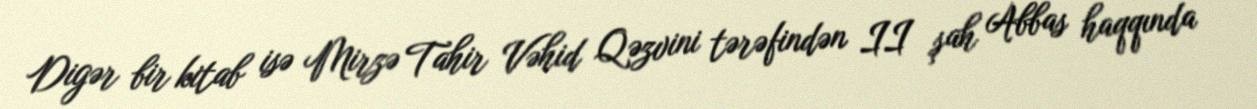
Digər bir kitab isə Mirzə Tahir Vəhid Qəzvini tərəfindən II şah Abbas haqqında